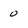
Character: 0